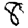
Digit: 8